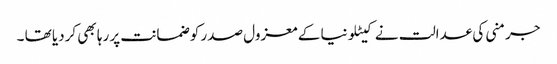
جرمنی کی عدالت نے کیٹلونیا کے معزول صدر کو ضمانت پر رہا بھی کردیا تھا ۔